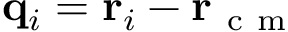
\mathbf q _ { i } = \mathbf r _ { i } - \mathbf r _ { \mathrm { ~ c ~ m ~ } }